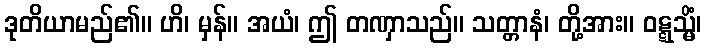
ဒုတိယာမည်၏။ ဟိ၊ မှန်။ အယံ၊ ဤ တဏှာသည်။ သတ္တာနံ၊ တို့အား။ ဝဋ္ဋသ္မိံ၊